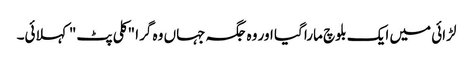
لڑائی میں ایک بلوچ مارا گیا اور وہ جگہ جہاں وہ گرا "کلی پٹ" کہلائی۔